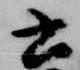
云